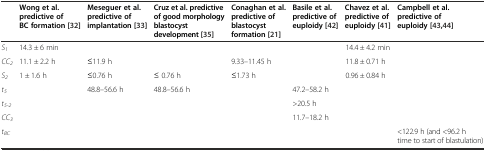
<table><thead><tr><td></td><td><b>Wong et al. predictive of BC formation[32]</b></td><td><b>Meseguer et al. predictive of implantation[33]</b></td><td><b>Cruz et al. predictive of good morphology blastocyst development[35]</b></td><td><b>Conaghan et al. predictive of blastocyst formation[21]</b></td><td><b>Basile et al. predictive of euploidy[42]</b></td><td><b>Chavez et al. predictive of euploidy[41]</b></td><td><b>Campbell et al. predictive of euploidy[43],[44]</b></td></tr></thead><tbody><tr><td><i>S</i><sub><i>1</i></sub></td><td>14.3 ± 6 min</td><td></td><td></td><td></td><td></td><td>14.4 ± 4.2 min</td><td></td></tr><tr><td><i>CC</i><sub><i>2</i></sub></td><td>11.1 ± 2.2 h</td><td>≤11.9 h</td><td></td><td>9.33–11.45 h</td><td></td><td>11.8 ± 0.71 h</td><td></td></tr><tr><td><i>S</i><sub><i>2</i></sub></td><td>1 ± 1.6 h</td><td>≤0.76 h</td><td>≤ 0.76 h</td><td>≤1.73 h</td><td></td><td>0.96 ± 0.84 h</td><td></td></tr><tr><td><i>t</i><sub><i>5</i></sub></td><td></td><td>48.8–56.6 h</td><td>48.8–56.6 h</td><td></td><td>47.2–58.2 h</td><td></td><td></td></tr><tr><td><i>t</i><sub><i>5-2</i></sub></td><td></td><td></td><td></td><td></td><td>&gt;20.5 h</td><td></td><td></td></tr><tr><td><i>CC</i><sub><i>3</i></sub></td><td></td><td></td><td></td><td></td><td>11.7–18.2 h</td><td></td><td></td></tr><tr><td><i>t</i><sub><i>BC</i></sub></td><td></td><td></td><td></td><td></td><td></td><td></td><td>&lt;122.9 h (and &lt;96.2 h time to start of blastulation)</td></tr></tbody></table>